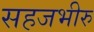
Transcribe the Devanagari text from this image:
सहजभीरु